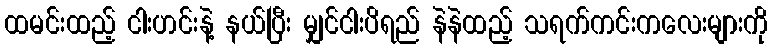
ထမင်းထည့် ငါးဟင်းနဲ့ နယ်ပြီး မျှင်ငါးပိရည် နဲနဲထည့် သရက်ကင်းကလေးများကို